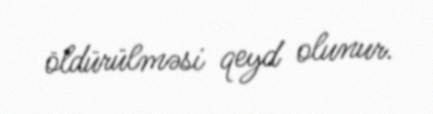
öldürülməsi qeyd olunur.